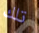
تلك